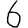
Digit: 6